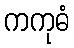
ကကုဓံ